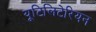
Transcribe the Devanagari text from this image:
यूटिलिटेरियन